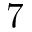
7